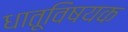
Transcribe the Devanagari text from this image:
धातूविषयक